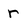
Character: r